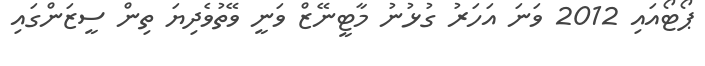
ޕޯޓޯއައި 2012 ވަނަ އަހަރު ގުޅުނު މާޓީނޭޒް ވަނީ ވޭތުވެދިޔަ ތިން ސީޒަންގައި